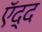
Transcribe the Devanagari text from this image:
ऍद्द